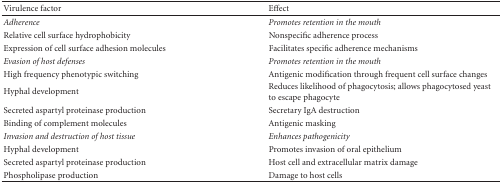
| Virulence factor | Effect |
 | --- | --- |
 | Adherence | Promotes retention in the mouth |
 | Relative cell surface hydrophobicity | Nonspecific adherence process |
 | Expression of cell surface adhesion molecules | Facilitates specific adherence mechanisms |
 | Evasion of host defenses | Promotes retention in the mouth |
 | High frequency phenotypic switching | Antigenic modification through frequent cell surface changes |
 | Hyphal development | Reduces likelihood of phagocytosis; allows phagocytosed yeast to escape phagocyte |
 | Secreted aspartyl proteinase production | Secretary IgA destruction |
 | Binding of complement molecules | Antigenic masking |
 | Invasion and destruction of host tissue | Enhances pathogenicity |
 | Hyphal development | Promotes invasion of oral epithelium |
 | Secreted aspartyl proteinase production | Host cell and extracellular matrix damage |
 | Phospholipase production | Damage to host cells |